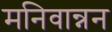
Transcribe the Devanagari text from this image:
मनिवान्नन